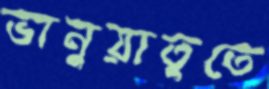
ভানুয়াতুতে